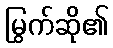
မြွက်ဆို၏